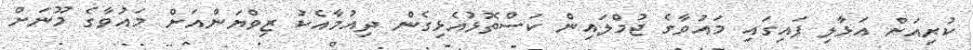
ކުރިއަށް އަޅާލި ފައިގައި މައުވާގެ ޖުމްލައިން ކަސްތޮޅުއެޅިގެން ދިއުމާއެކު ޒިވްޔަންއަށް މައުވާގެ މޫނަށް